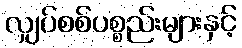
လျှပ်စစ်ပစ္စည်းများနှင့်